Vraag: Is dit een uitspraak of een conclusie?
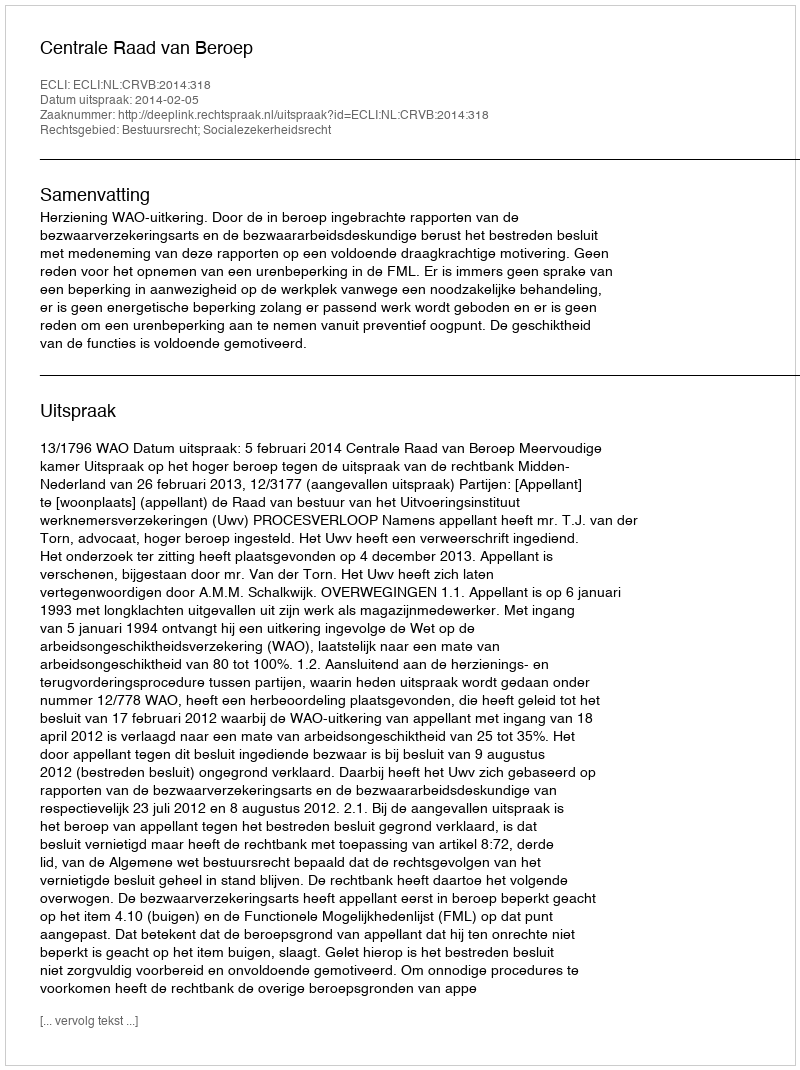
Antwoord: Uitspraak